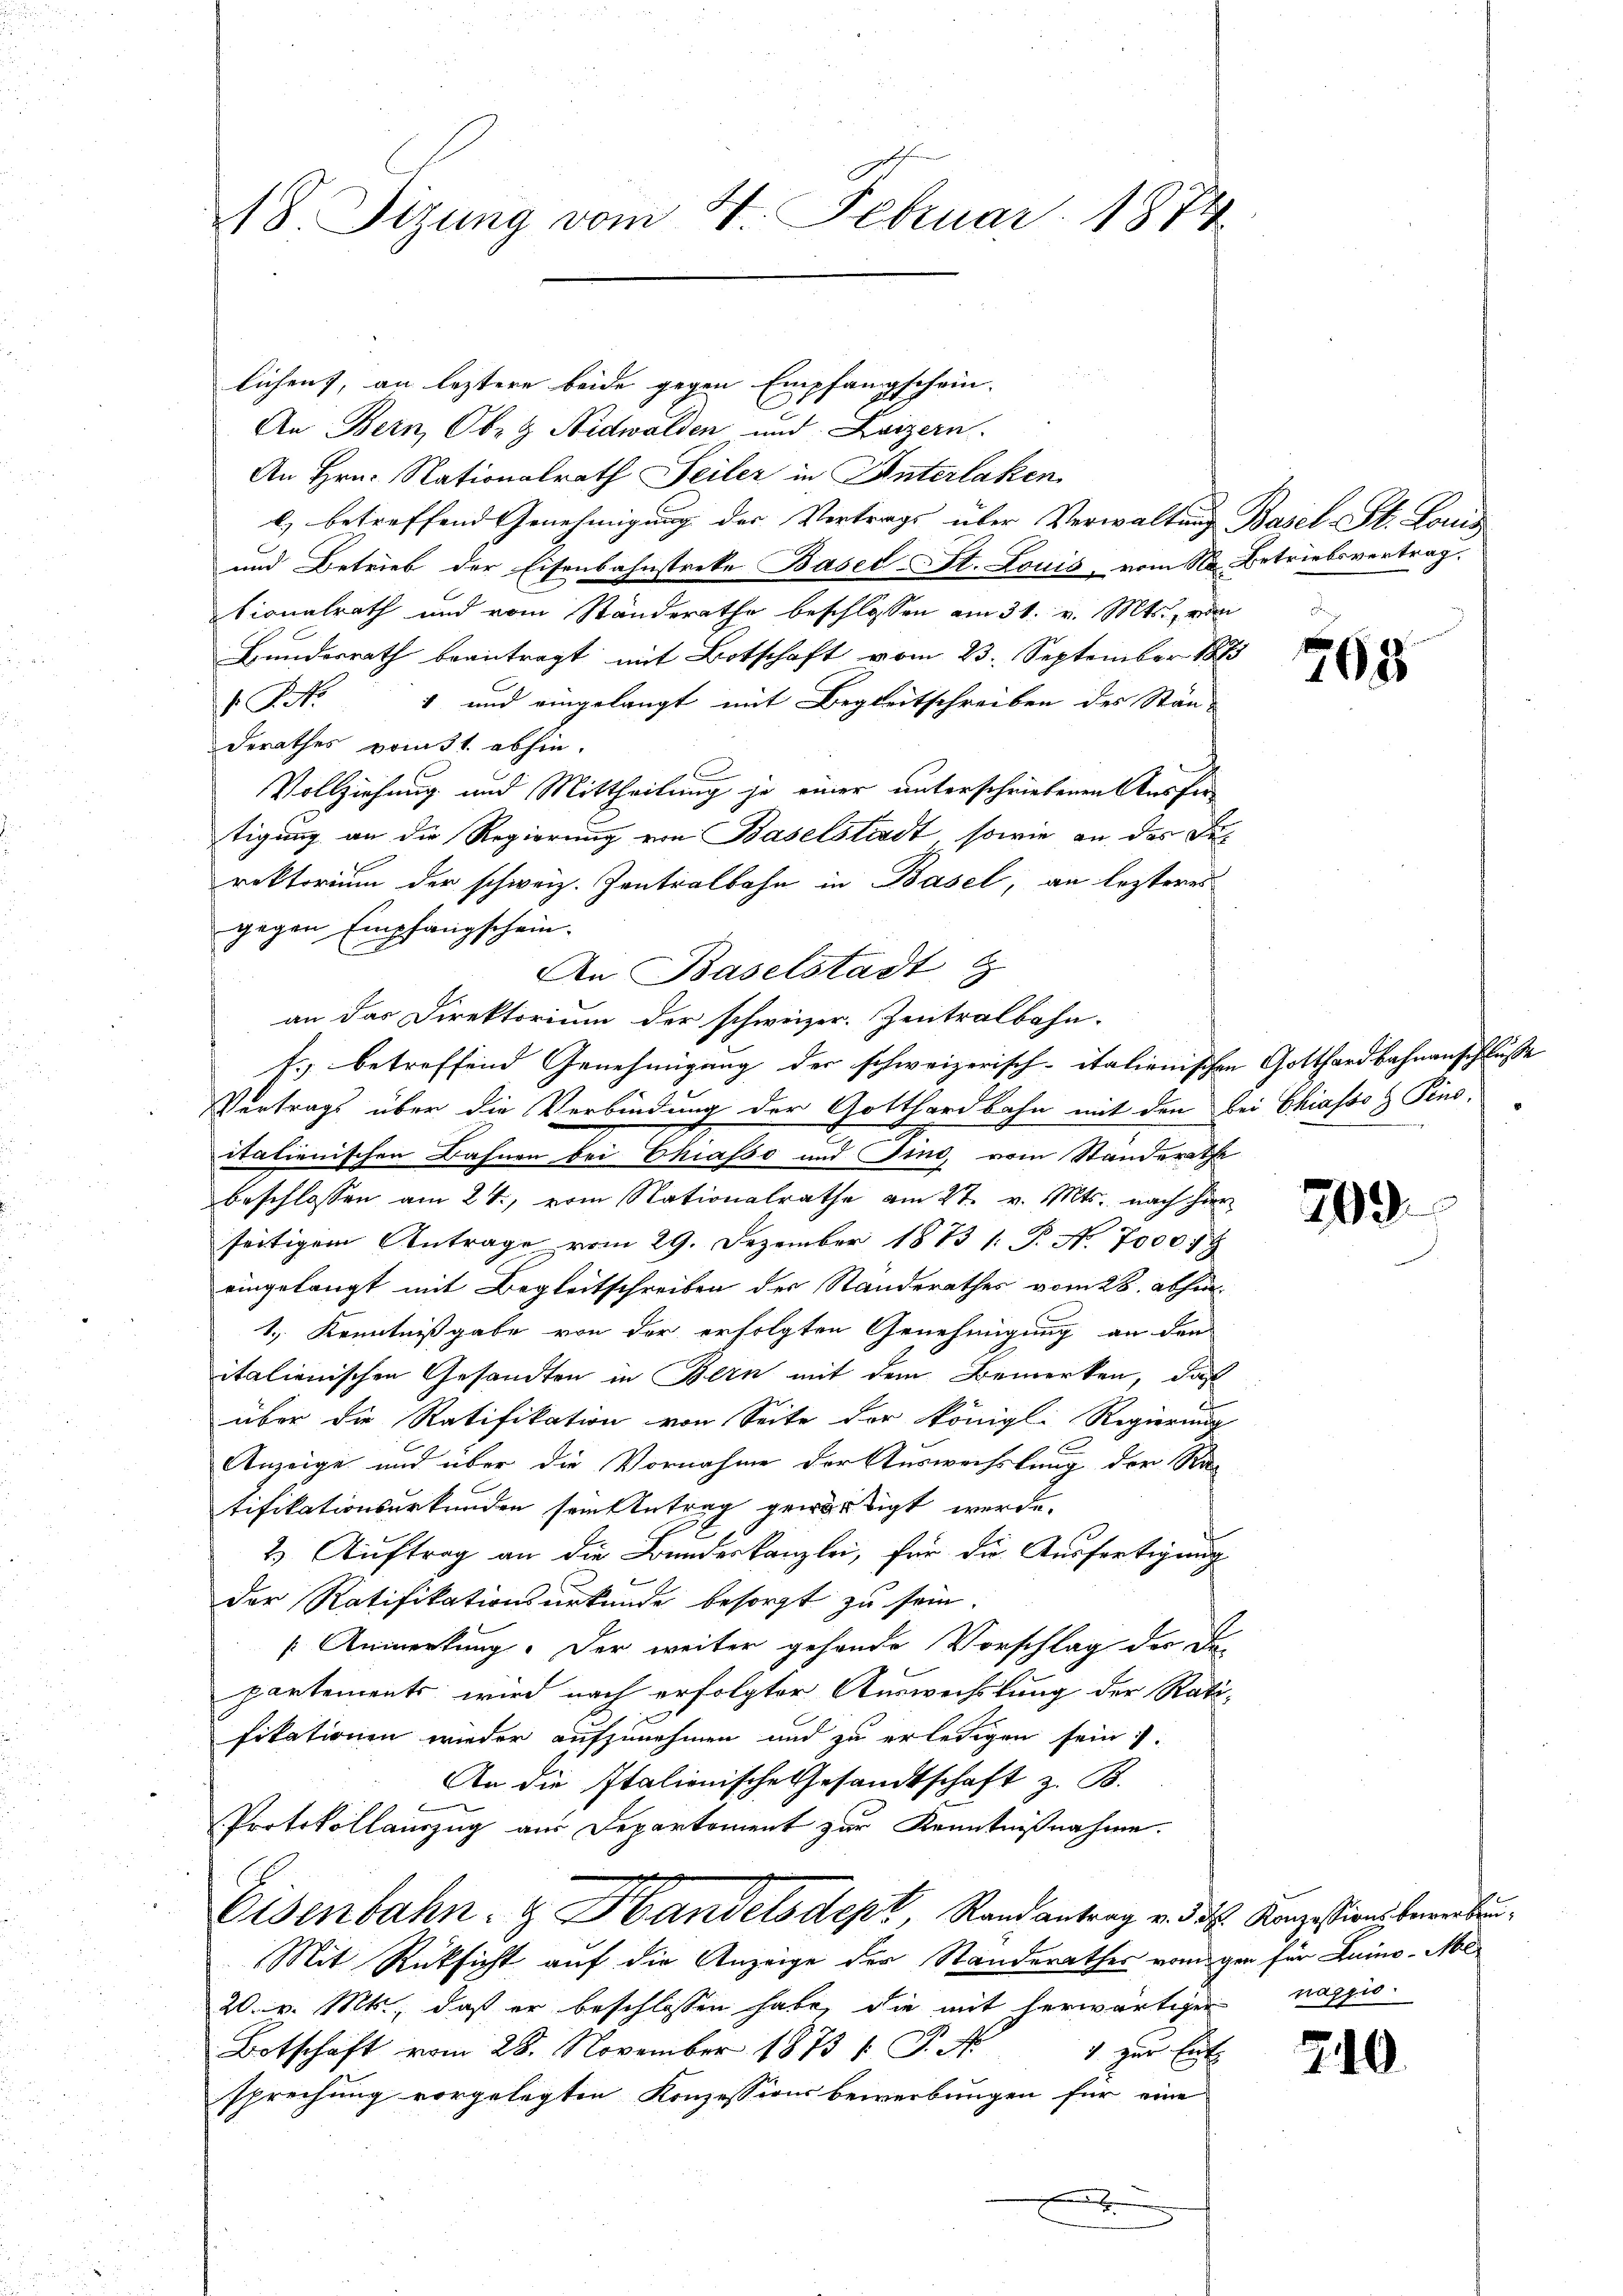
18 Sizung vom 4. Februar 1874

lichen, an leztere beide gegen Empfangschein-
An Bern, Oberg Nidwalden und Luzern.
An Hrn. Nationalrath Seiler in Unterlaken
e) betreffend Genehmigung der Vertrags über Verwaltung Basel-St. Louis
und Betrieb der Eisenbahnstreke Basel-St. Louis, vom N. Betriebsvertrag.
tionalrath und vom Ständerathe beschlossen am 31. v. Mts., vom
Bŭndesrath beantragt mit Botschaft vom 23. September 1873
 P. Nr. 1 und eingelangt mit Begleitschreiben der Stän-
derathes vonst abhin.
Vollziehung und Mittheilung je einer unterschriebenen Ausfertigung an die Regierung von Baselstadt, sowie an das Derektorium der schweiz. Zentralbahn in Basel, an lezteres
gegen Empfangschein.
An Baselstadt
an das Direktorium der schweizer. Zentralbahn-
f. betreffend Genehmigung der schweizerisch-italienischen Gotthardbahnanschlusse
Vertrags über die Verbindung der Gotthardbahn mit den bei Chiassos Pins.
italienischen Bahnen bei Chiasso und sind, vom Standerathe
beschlossen am 24., vom Nationalrathe am 27. v. Mts. nach hier
seitigem Antrage vom 29. Dezember 1873 1. P. No. 7000. 19
eingelangt mit Begleitschreiben der Standerathes vom 28. abhin.
1.) Kenntnißgabe von der erfolgten Genehmigung an den
italienischen Gesandten in Bern mit dem Bemerken, daß
über die Ratifikation von Seite der königl. Regierung
Anzeige und über die Vornahme der Auswechslung der Sta-
tifikationsurkunden sein Antrag gewärtigt werde.
2.) Auftrag an die Bundeskanzlei, für die Ausfertigung
der Ratifikationsurkunde besorgt zu sein.
[Anmerkung. Der weiter gehende Vorschlag der Di-
partements wird nach erfolgter Auswechslung der Ratifikationen wieder aufzunehmen und zu erledigen sein.
An die Italienische Gesandtschaft z. B.
Protokollauszug aus Departement zur Kenntnißnahme.

Eisenbahn- & Handelsdept, Randantrag v. 3. d. Konzessions beerbun¬
Mit Rücksicht auf die Anzeige der Standerathes vom gen für Luino Mi¬
20. v. Mts., daß er beschlossen habe, die mit herwärtiger
Botschaft vom 28. November 1873 1 S.
4 zur Ent
sprechung vorgelegten Konzessionsbewerbungen für eine
.

708

209.

nazzio

210